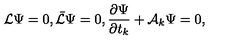
{ \cal L } \Psi = 0 , \bar { \cal L } \Psi = 0 , { \frac { \partial \Psi } { \partial t _ { k } } } + { \cal A } _ { k } \Psi = 0 ,